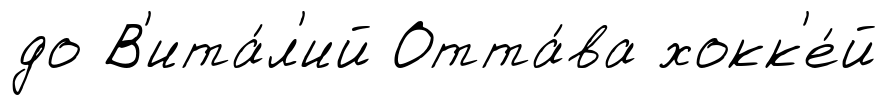
до В'ита́л'ий Отта́ва хокк'е́й